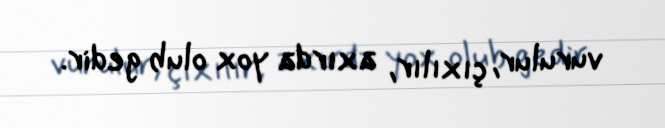
vurulur, çıxılır, axırda yox olub gedir.